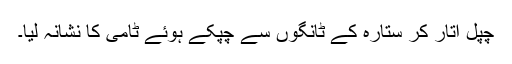
چپل اُتار کر ستارہ کے ٹانگوں سے چپکے ہوئے ٹامی کا نشانہ لیا۔